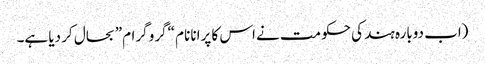
(اب دوبارہ ہند کی حکومت نے اس کا پرانا نام “گرو گرام” بحال کر دیا ہے۔